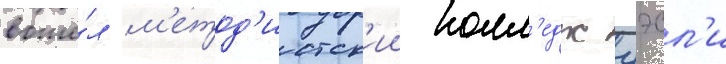
вошё́л м'етод'истск'ии колл'едж уэсл'и